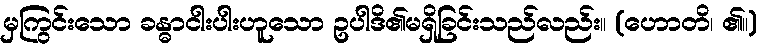
မှကြွင်းသော ခန္ဓာငါးပါးဟူသော ဥပါဒိ၏မရှိခြင်းသည်လည်း။ (ဟောတိ၊ ၏။)